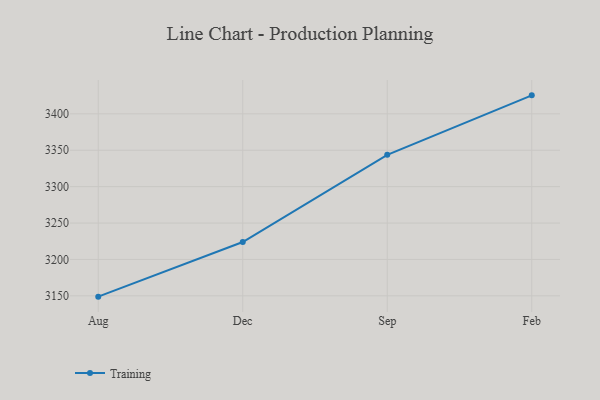
{"axis": {"x": "Month", "y": "Temperature (°C)"}, "legend": ["Training"], "data": [{"x": "Aug", "y": 3148.9, "type": "Training"}, {"x": "Dec", "y": 3223.9, "type": "Training"}, {"x": "Sep", "y": 3343.7, "type": "Training"}, {"x": "Feb", "y": 3425.4, "type": "Training"}]}